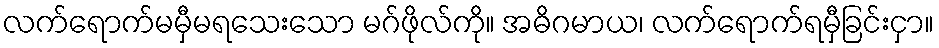
လက်ရောက်မမှီမရသေးသော မဂ်ဖိုလ်ကို။ အဓိဂမာယ၊ လက်ရောက်ရမှီခြင်းငှာ။